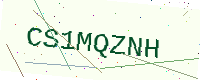
Text: CS1MQZNH